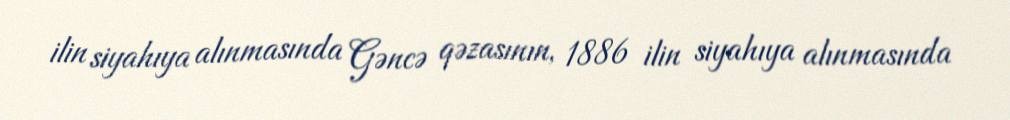
ilin siyahıya alınmasında Gəncə qəzasının, 1886 ilin siyahıya alınmasında